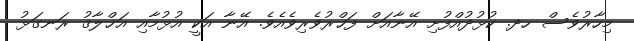
މިހާރުވެސް ހދ. ކުޅުދުއްފުށި އޭނާއަށް ފަޚްރުވެރިވެއެވެ. އޭނާ އަކީ އުޅުމާއި އަޚްލާޤު ރަނގަޅު